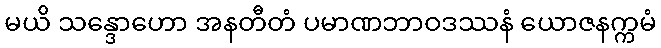
မယိ သန္ဒောဟော အနတီတံ ပမာဏဘာဝဒဿနံ ယောဇနက္ကမံ